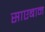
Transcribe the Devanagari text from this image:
साएबान